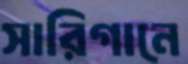
সারিগানে